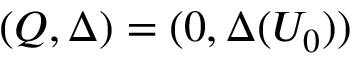
( Q , \Delta ) = ( 0 , \Delta ( U _ { 0 } ) )